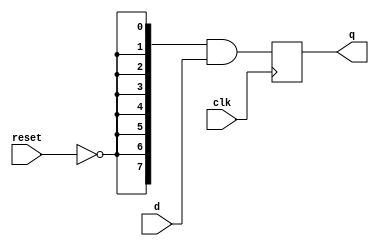
module top_module (
    input clk,
    input reset,            // Synchronous reset (active high)
    input [7:0] d,
    output [7:0] q
);

    always @(posedge clk) begin
        q <= {8{~reset}} & d;
    end
    
endmodule